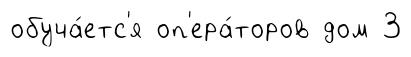
обуча́етс'я оп'ера́торов дом 3